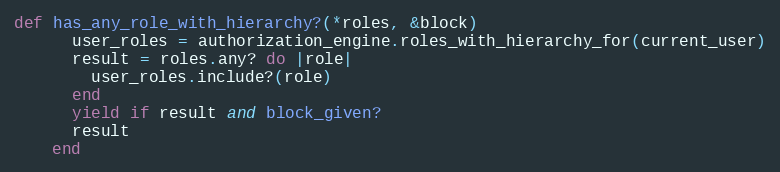
Language: Ruby
def has_any_role_with_hierarchy?(*roles, &block)
      user_roles = authorization_engine.roles_with_hierarchy_for(current_user)
      result = roles.any? do |role|
        user_roles.include?(role)
      end
      yield if result and block_given?
      result
    end